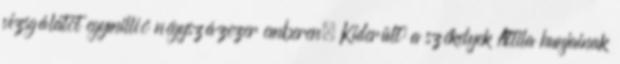
vizsgálatot egymillió négyszázezer emberen. Kiderült: a székelyek Attila hunjainak